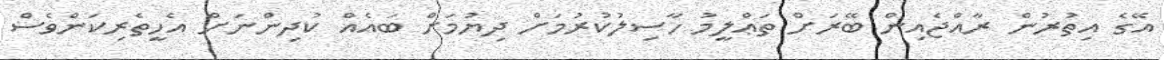
އޭގެ އިތުރުން ރާއްޖެއިން ބޭރަށް ތަޢްލީމު ހާސިލުކުރުމަށް ދިޔުމަށް ބައެއް ކުދިންނަށް އެހީތެރިކަންވެސް